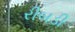
રીબડી